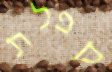
קפלת